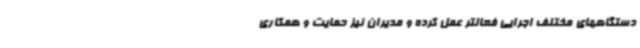
دستگاههای مختلف اجرایی فعالتر عمل کرده و مدیران نیز حمایت و همکاری